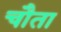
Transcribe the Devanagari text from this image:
चौता